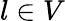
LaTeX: l\in V